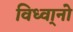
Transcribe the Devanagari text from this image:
विध्वा्नो